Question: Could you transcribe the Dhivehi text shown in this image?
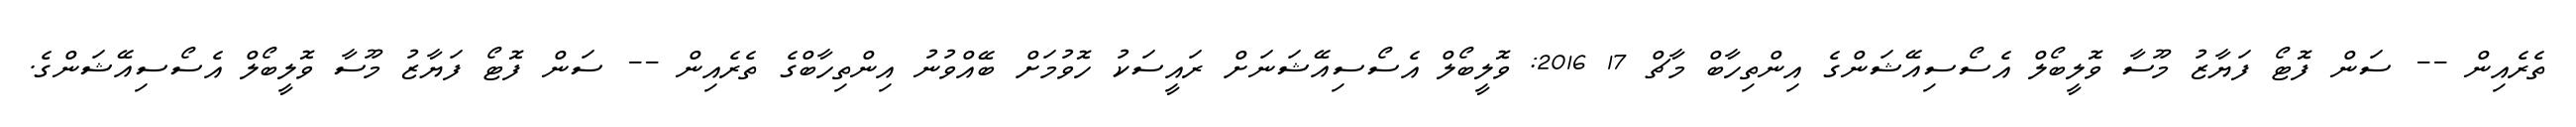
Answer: ތެރެއިން -- ސަން ފޮޓޯ ފަޔާޒު މޫސާ ވޮލީބޯލް އެސޯސިއޭޝަންގެ އިންތިހާބް މާޗް 17 2016: ވޮލީބޯލް އެސޯސިއޭޝަނަށް ރައީސަކު ހޮވުމަށް ބޭއްވުނު އިންތިހާބްގެ ތެރެއިން -- ސަން ފޮޓޯ ފަޔާޒު މޫސާ ވޮލީބޯލް އެސޯސިއޭޝަންގެ.